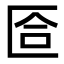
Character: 匼